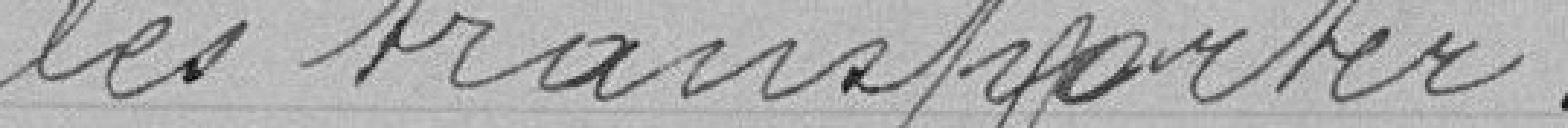
les transporter.